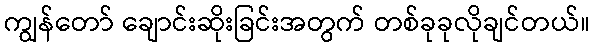
ကျွန်တော် ချောင်းဆိုးခြင်းအတွက် တစ်ခုခုလိုချင်တယ်။